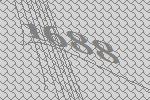
1688